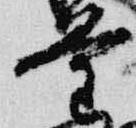
量